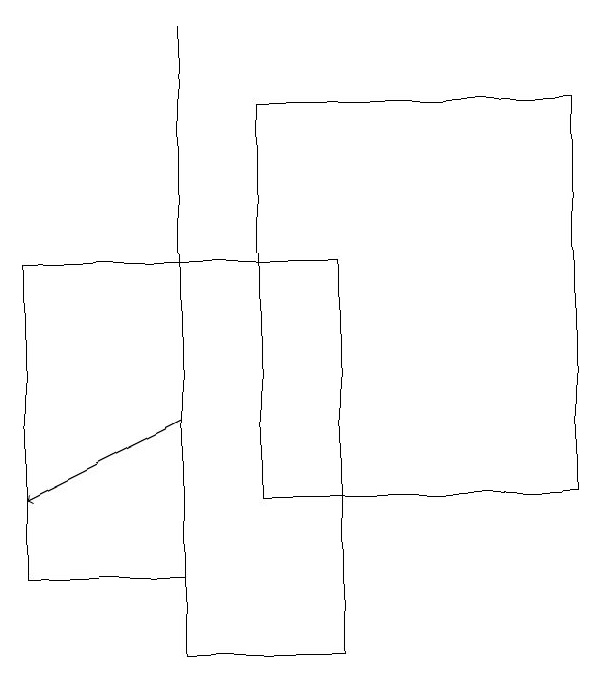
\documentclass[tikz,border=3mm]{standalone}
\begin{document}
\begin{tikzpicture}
\draw (3,10) rectangle (5,15);
\draw (4,12) rectangle (8,17);
\draw (3,12) rectangle (3,18);
\draw (3,11) rectangle (1,15);
\draw[->] (3,13) -- (1,12);
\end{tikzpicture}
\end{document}